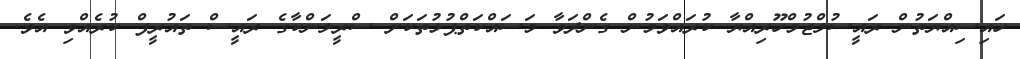
ހައިސިއްޔަތުން ރައީސުލްޖުމްހޫރިއްޔާ ކުރައްވަމުން ގެންދަވާ މަސައްކަތްޕުޅުތަކަށް ސްރީލަންކާގެ ރައީސް ތައުރީފް ކުރެއްވި އެވެ.